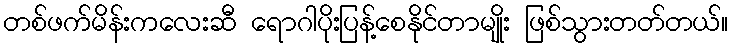
တစ်ဖက်မိန်းကလေးဆီ ရောဂါပိုးပြန့်စေနိုင်တာမျိုး ဖြစ်သွားတတ်တယ်။